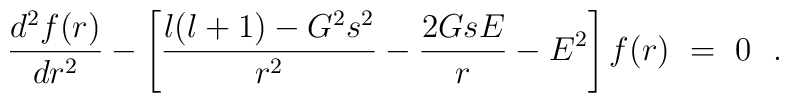
{d^2f(r) \over dr^2} - \left[ {l(l+1) -G^2s^2 \over r^2} - {2GsE \over r} - E^2 \right] f(r) ~=~0~~.